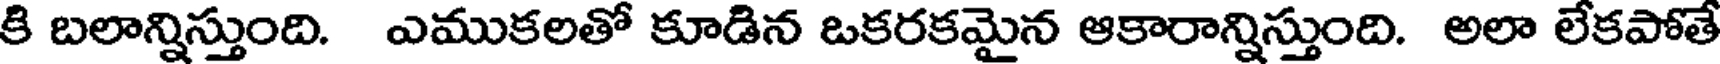
కి బలాన్నిస్తుంది. ఎముకలతో కూడిన ఒకరకమైన ఆకారాన్నిస్తుంది. అలా లేకపోతే